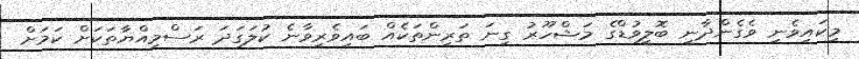
މިކައިވެނި ވެގެންދާނީ ބޮލީވުޑްގެ މަޝްހޫރު ގިނަ ތަރިންތަކެއް ބައިވެރިވާނެ ކުލަގަދަ ރަސްމިއްޔާތަކަށް ކަމަށް